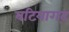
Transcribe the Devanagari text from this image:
बटियागढ़